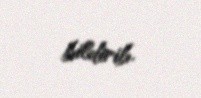
bildirib.